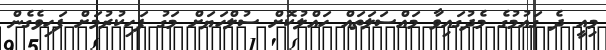
މިއީ ދެ ގައުމުގެ މެދުގައިވާ މައްސަލަތައް ހައްލުކޮށް ސުލްހަޔަށް މަގު ފަހިކުރުމަށް ފަހިވެގެން